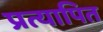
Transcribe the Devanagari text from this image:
प्रत्यापित